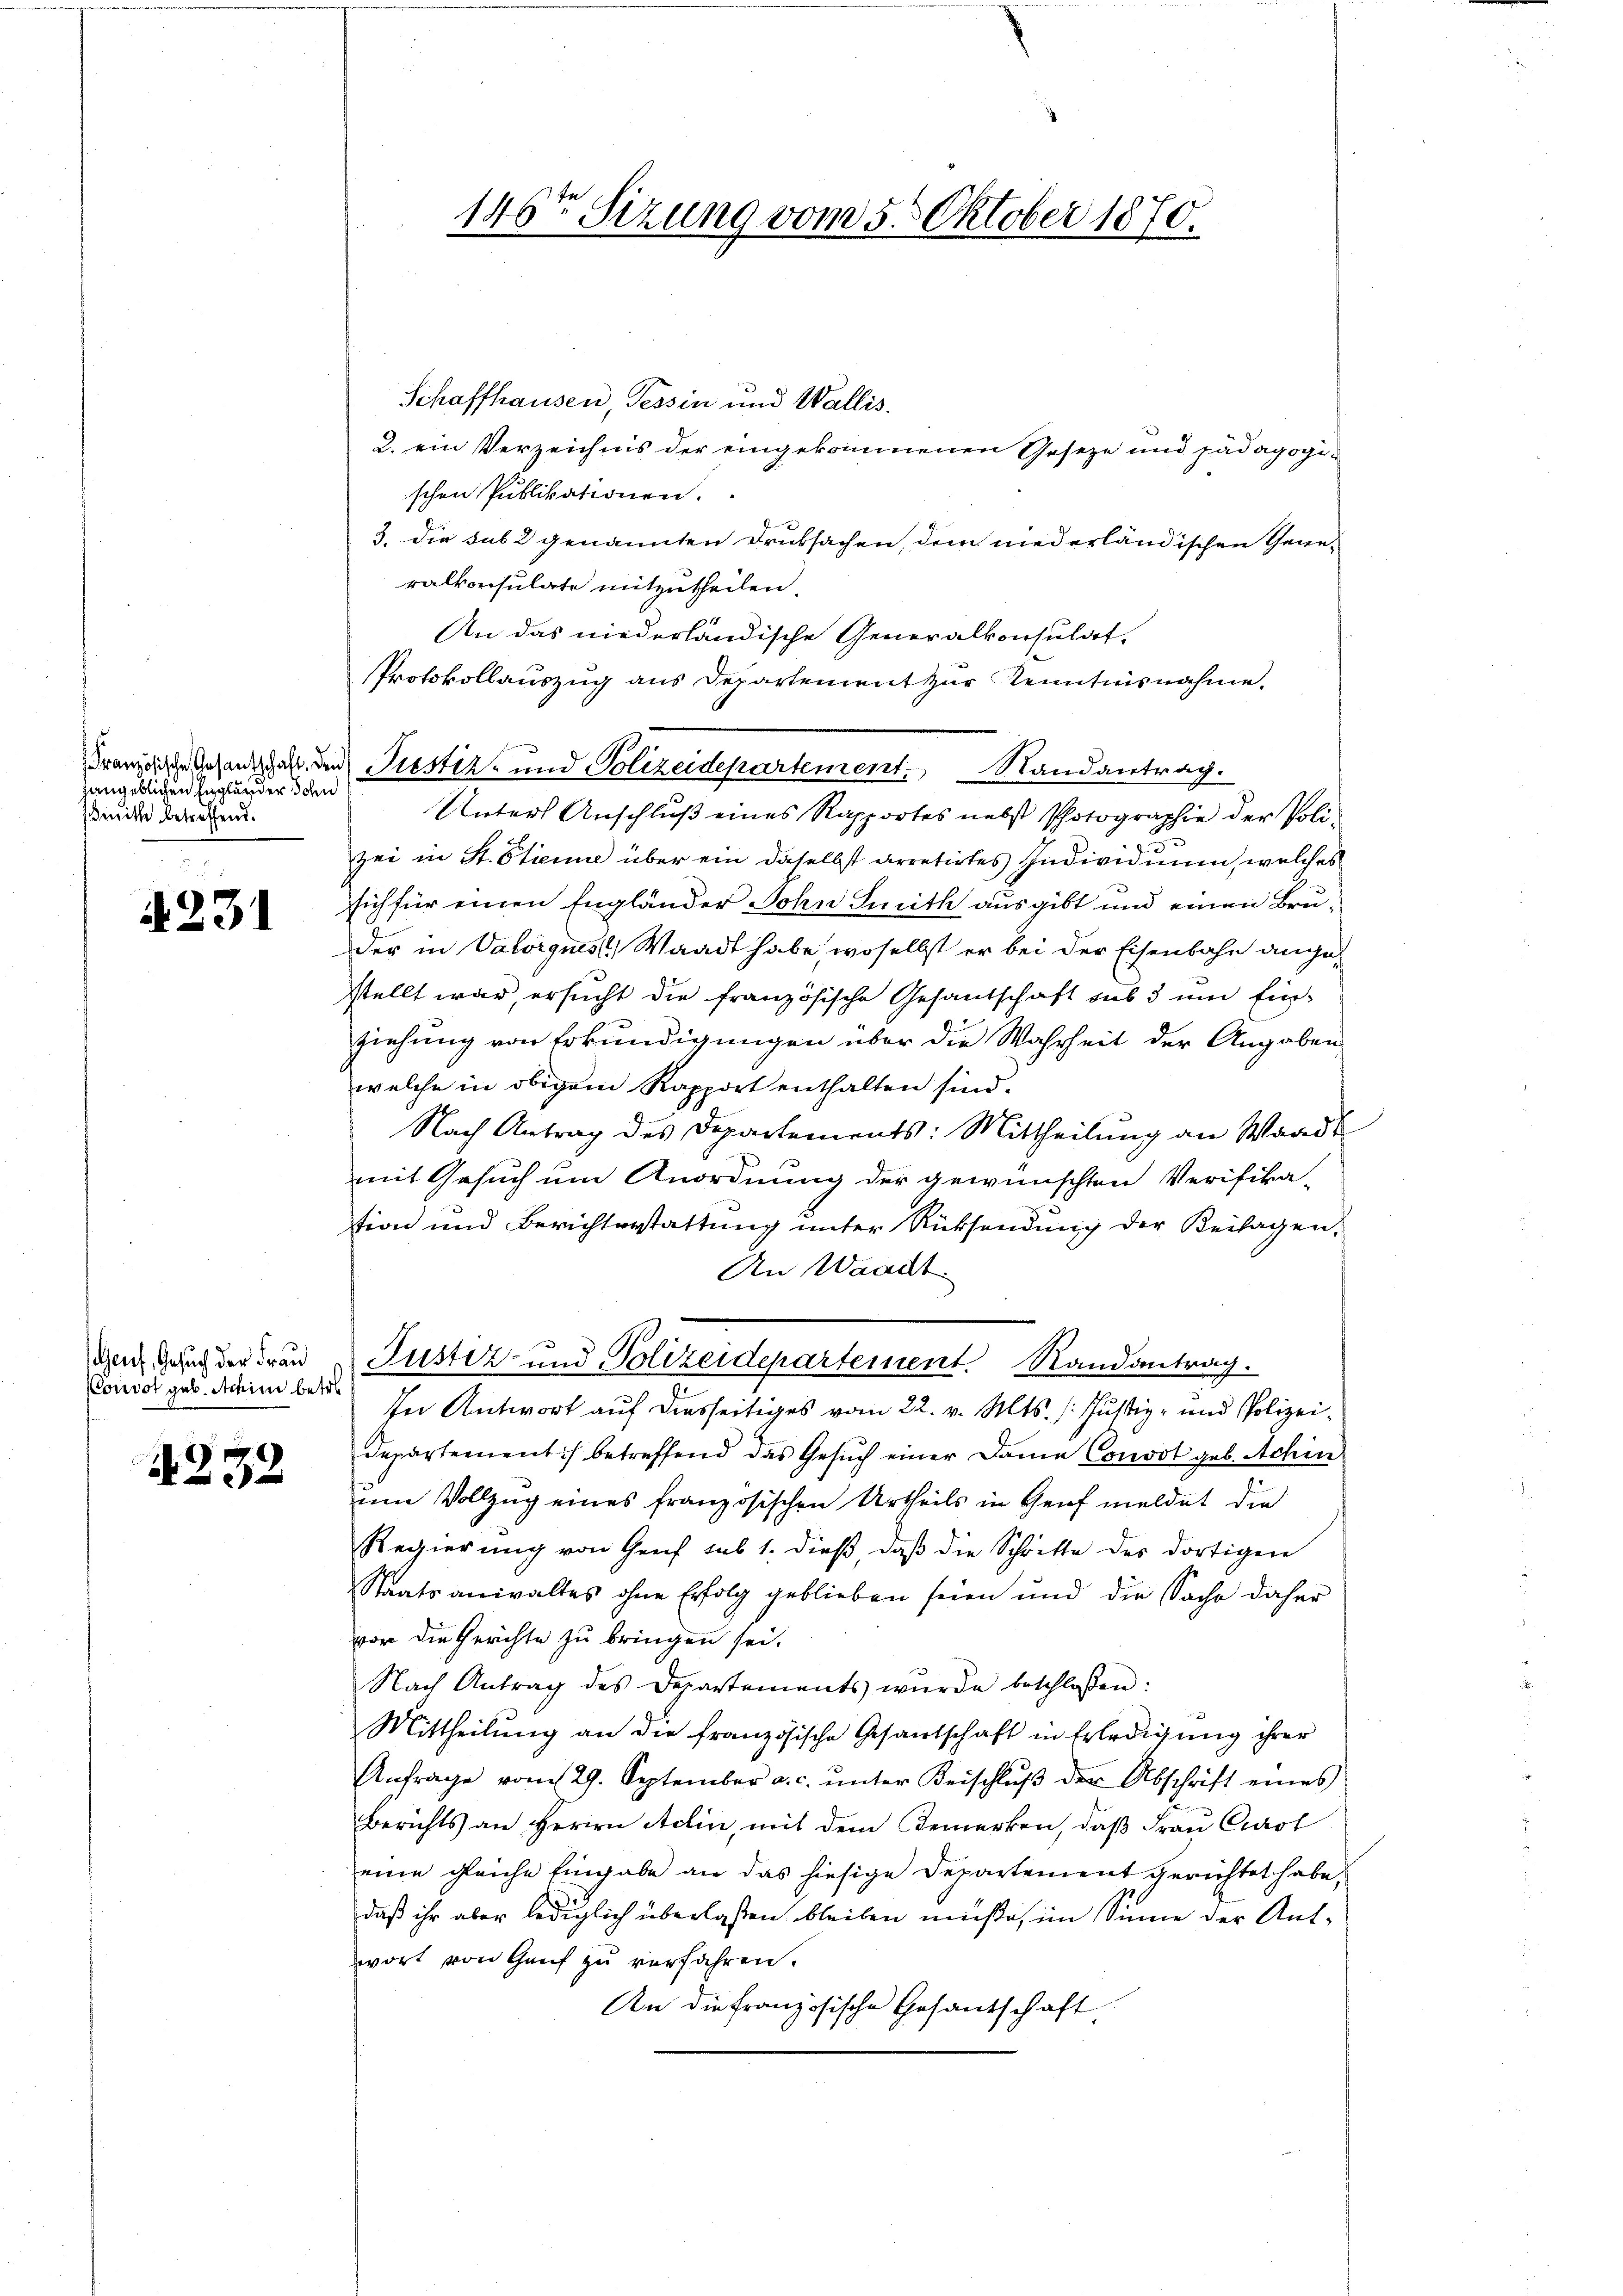
hangeblichen Engländer Schn
smitte betreffend.

1231

CConvot geb. Achin betre

4252

Schaffhausen, Tessin und Wallis.
2. ein Verzeichnis der eingekommenen Geseze und pädagogischen Publikationen.
3. die sub 2 genannten Druksachen, dem niederländischen Gene-
ralkonsulate mitzutheilen.
An das niederländische Generalkonsulat,
Protokollauszug aus Departement zur Kenntnisnahme,
Unters Anschluß eines Rapportes nebst Photographie der Polizei in St. Etienne über ein daselbst arretirtes Individuum, welches
sich für einen Engländer John Smith ausgibt und einen Bruder in Valorgnis, Waadt habe, woselbst er bei der Eisenbahn angestellt war, ersucht die französische Gesandschaft sub 3 und Einziehung von Erkundigungen über die Wahrheit der Angaben
welche in obigem Rapport enthalten sind.
Nach Antrag des Departements: Mittheilung an Waadt
mit Gesuch um Anordnung der gewünschten Verifika-
stion und Berichterstattung unter Rücksendung der Beilagen,
An Waadt
den Gesuch der Frau Justiz- und Polizeidepartement Randantrag.
In Antwort auf diesseitiges vom 22. v. Mts. /: Justiz- und Polizeidepartement) betreffend das Gesuch einer Dame Convot geb. Achin
um Vollzug eines französischen Urtheils in Genf meldet die
Regierung von Genf sub 1. dieß, daβ die Schritte des dortigen
Staatsanwaltes ohne Erfolg geblieben seien und die Sache daher
vor die Gerichte zu bringen sei.
Nach Antrag des Departements wŭrde beschlossen:
Mittheilung an die französische Gesandschaft in Erledigung ihrer
Anfrage vom 29. September a. c. ŭnter Beischlŭβ der Abschrift eines
Berichts an Herrn Adlin, mit dem Bemerken, daß Frau Carol
eine gleiche Eingabe an das hiesige Departement gerichtet habe,
daß ihr aber lediglich überlassen bleiben müße, im Sinne der Antwort von Genf zu verfahren.
An die französische Gesantschaft

146ten Sizung vom 5. Oktober 1870.

Französische Gesandtschaft den Justiz- und Polizeidepartement Randantrag.